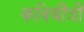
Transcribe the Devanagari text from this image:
कवियीत्री